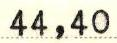
44,40